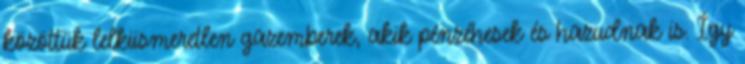
közöttük lelkiismeretlen gazemberek, akik pénzéhesek és hazudnak is. Így